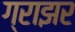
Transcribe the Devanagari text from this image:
ग्राझर